Vaccination in Bombay 1856-1862 - 1856-1862
Year: 1856
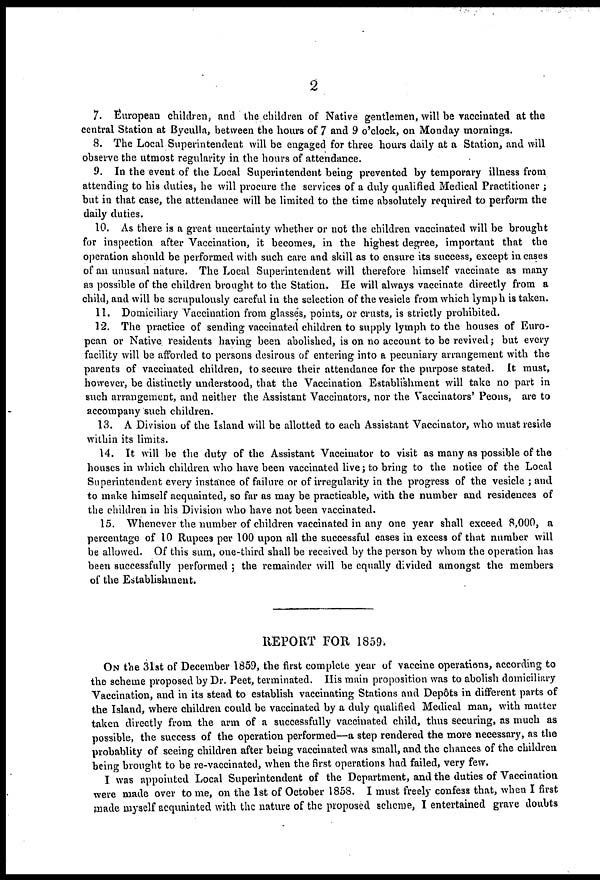
2
7. European children, and the children of Native gentlemen, will be vaccinated at the
central Station at Byculla, between the hours of 7 and 9 o'clock, on Monday mornings.
8. The Local Superintendent will be engaged for three hours daily at a Station, and will
observe the utmost regularity in the hours of attendance.
9. In the event of the Local Superintendent being prevented by temporary illness from
attending to his duties, he will procure the services of a duly qualified Medical Practitioner ;
but in that case, the attendance will be limited to the time absolutely required to perform the
daily duties.
10. As there is a great uncertainty whether or not the children vaccinated will be brought
for inspection after Vaccination, it becomes, in the highest degree, important that the
operation should be performed with such care and skill as to ensure its success, except in cases
of an unusual nature. The Local Superintendent will therefore himself vaccinate as many
as possible of the children brought to the Station. He will always vaccinate directly from a
child, and will be scrupulously careful in the selection of the vesicle from which lymph is taken.
11. Domiciliary Vaccination from glasses, points, or crusts, is strictly prohibited.
12. The practice of sending vaccinated children to supply lymph to the houses of Euro-
pean or Native, residents having been abolished, is on no account to be revived; but every
facility will be afforded to persons desirous of entering into a pecuniary arrangement with the
parents of vaccinated children, to secure their attendance for the purpose stated. It must,
however, be distinctly understood, that the Vaccination Establishment will take no part in
such arrangement, and neither the Assistant Vaccinators, nor the Vaccinators' Peons, are to
accompany such children.
13. A Division of the Island will be allotted to each Assistant Vaccinator, who must reside
within its limits.
14. It will be the duty of the Assistant Vaccinator to visit as many as possible of the
houses in which children who have been vaccinated live; to bring to the notice of the Local
Superintendent every instance of failure or of irregularity in the progress of the vesicle ; and
to make himself acquainted, so far as may be practicable, with the number and residences of
the children in his Division who have not been vaccinated.
15. Whenever the number of children vaccinated in any one year shall exceed 8,000, a
percentage of 10 Rupees per 100 upon all the successful cases in excess of that number will
be allowed. Of this sum, one-third shall be received by the person by whom the operation has
been successfully performed ; the remainder will be equally divided amongst the members
of the Establishment.
REPORT FOR 1859.
ON the 31st of December 1859, the first complete year of vaccine operations, according to
the scheme proposed by Dr. Peet, terminated. His main proposition was to abolish domiciliary
Vaccination, and in its stead to establish vaccinating Stations and Depôts in different parts of
the Island, where children could be vaccinated by a duly qualified Medical man, with matter
taken directly from the arm of a successfully vaccinated child, thus securing, as much as
possible, the success of the operation performed—a step rendered the more necessary, as the
probablity of seeing children after being vaccinated was small, and the chances of the children
being brought to be re-vaccinated, when the first operations had failed, very few.
I was appointed Local Superintendent of the Department, and the duties of Vaccination
were made over to me, on the 1st of October 1858. I must freely confess that, when I first
made myself acquainted with the nature of the proposed scheme, I entertained grave doubts